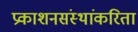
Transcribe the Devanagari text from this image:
प्रकाशनसंस्थांकरिता